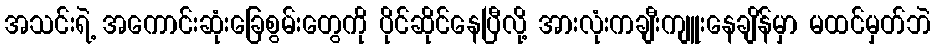
အသင်းရဲ့ အကောင်းဆုံးခြေစွမ်းတွေကို ပိုင်ဆိုင်နေပြီလို့ အားလုံးကချီးကျူးနေချိန်မှာ မထင်မှတ်ဘဲ